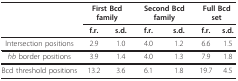
<table><thead><tr><td></td><td colspan="2"><b>First Bcd family</b></td><td colspan="2"><b>Second Bcd family</b></td><td colspan="2"><b>Full Bcd set</b></td></tr><tr><td></td><td><b>f.r.</b></td><td><b>s.d.</b></td><td><b>f.r.</b></td><td><b>s.d.</b></td><td><b>f.r.</b></td><td><b>s.d.</b></td></tr></thead><tbody><tr><td>Intersection positions</td><td>2.9</td><td>1.0</td><td>4.0</td><td>1.2</td><td>6.6</td><td>1.5</td></tr><tr><td><i>hb </i>border positions</td><td>3.9</td><td>1.4</td><td>4.0</td><td>1.3</td><td>7.9</td><td>1.8</td></tr><tr><td>Bcd threshold positions</td><td>13.2</td><td>3.6</td><td>6.1</td><td>1.8</td><td>19.7</td><td>4.5</td></tr></tbody></table>